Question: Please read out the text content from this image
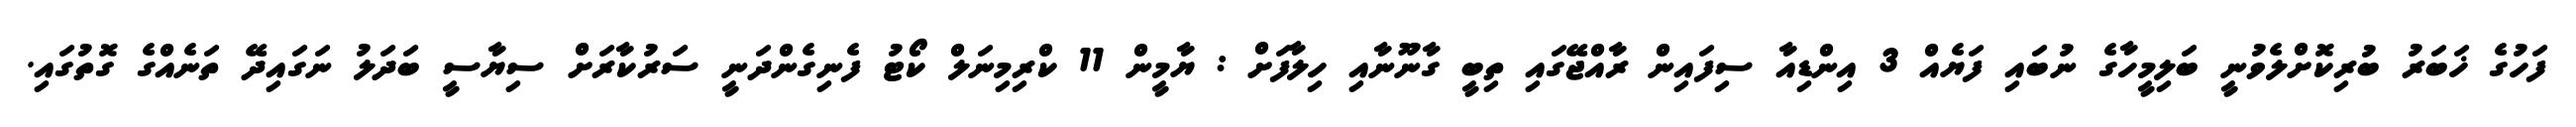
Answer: ފަހުގެ ޚަބަރު ބުރިކޮށްލެވުނީ ބަލިމީހާގެ ނުބައި ފަޔެއް 3 އިންޑިއާ ސިފައިން ރާއްޖޭގައި ތިބީ ގާނޫނާއި ހިލާފަށް : ޔާމީން 11 ކްރިމިނަލް ކޯޓު ފެނިގެންދަނީ ސަރުކާރަށް ސިޔާސީ ބަދަލު ނަގައިދޭ ތަނެއްގެ ގޮތުގައި.